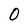
Character: 0